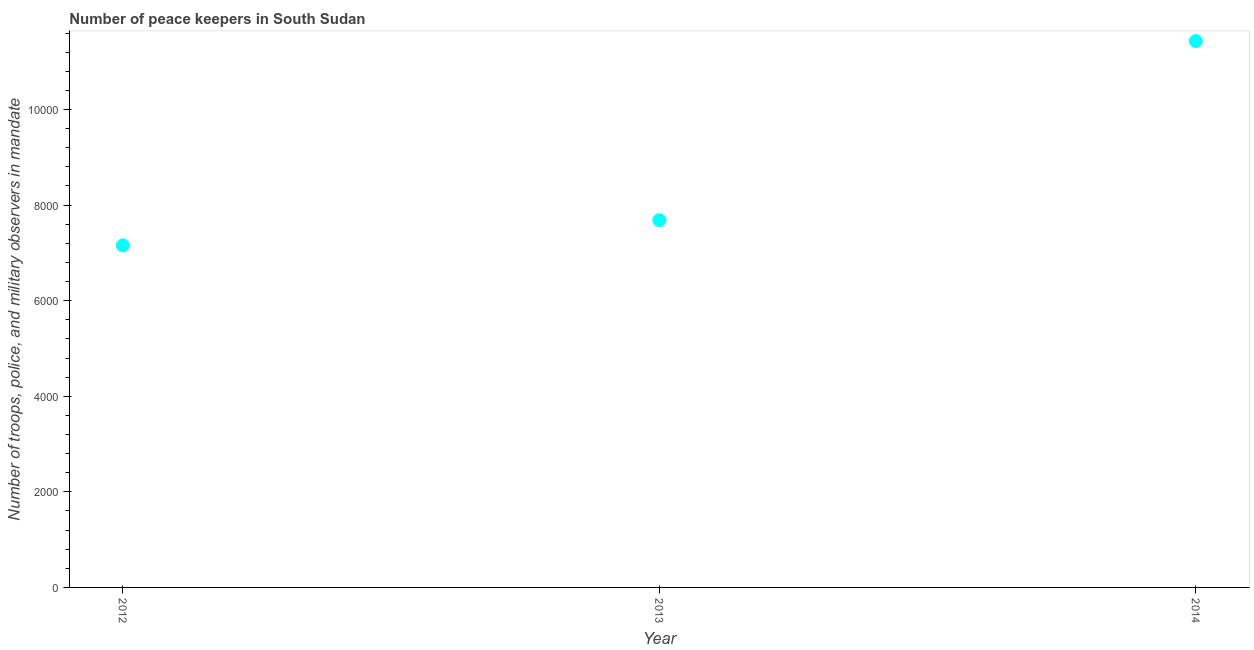
| Year | Presence of peace keepers |
 | --- | --- |
 | 2012 | 7.16e+03 |
 | 2013 | 7.68e+03 |
 | 2014 | 1.14e+04 |